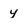
Character: y